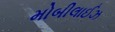
મોબીલાઈઝ